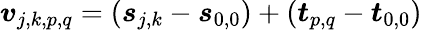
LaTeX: \boldsymbol{v}_{j,k,p,q}=\left(\boldsymbol{s}_{j,k}-\boldsymbol{s}_{0,0}\right)+\left(\boldsymbol{t}_{p,q}-\boldsymbol{t}_{0,0}\right)